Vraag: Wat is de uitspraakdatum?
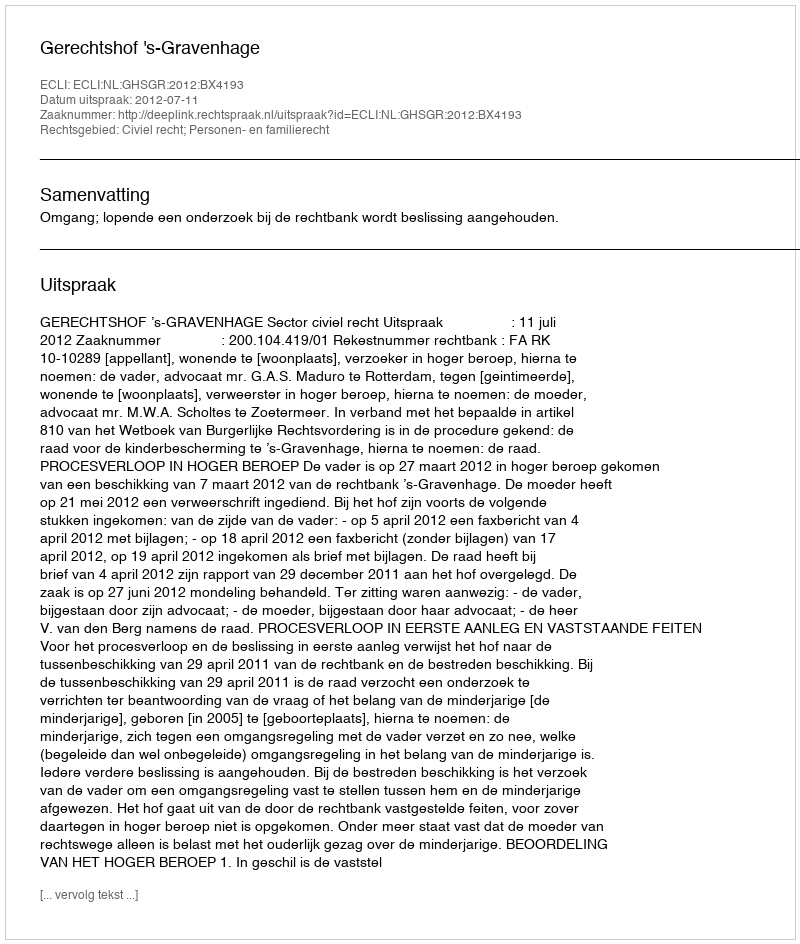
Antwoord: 2012-07-11